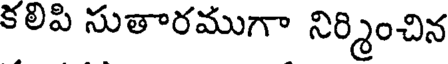
కలిపి సుతారముగా నిర్మించిన